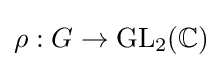
\rho :G\to {\text{GL}}_{2}(\mathbb {C} )